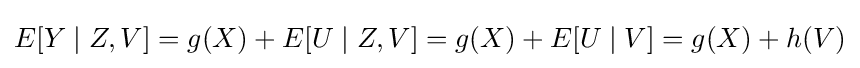
E[Y\mid Z,V]=g(X)+E[U\mid Z,V]=g(X)+E[U\mid V]=g(X)+h(V)